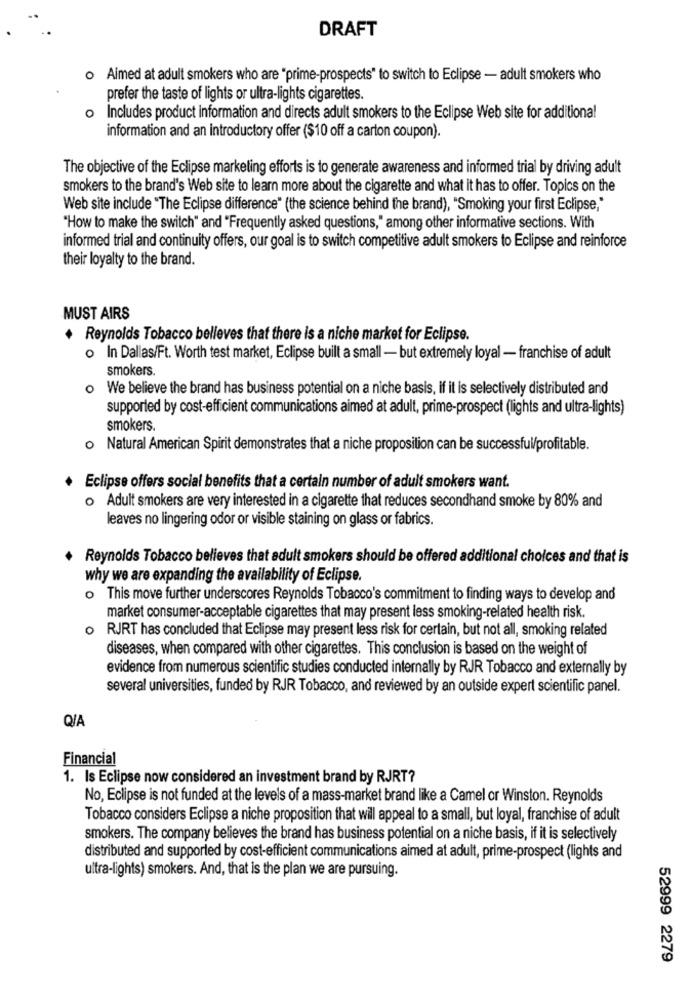
DRAFT
o Aimed at adult smokers who are "prime-prospects" to switch to Eclipse - adult smokers who
prefer the taste of lights or ultra-lights cigarettes.
O
Includes product information and directs adult smokers to the Eclipse Web site for additional
information and an introductory offer ($10 off a carton coupon).
The objective of the Eclipse marketing efforts is to generate awareness and informed trial by driving adult
smokers to the brand's Web site to learn more about the cigarette and what it has to offer. Topics on the
Web site include "The Eclipse difference" (the science behind the brand), "Smoking your first Eclipse,"
"How to make the switch" and "Frequently asked questions," among other informative sections. With
informed trial and continuity offers, our goal is to switch competitive adult smokers to Eclipse and reinforce
their loyalty to the brand.
MUST AIRS
Reynolds Tobacco belleves that there is a niche market for Eclipse.
o In Dallas/Ft. Worth test market, Eclipse built a small - but extremely loyal - franchise of adult
smokers.
o We believe the brand has business potential on a niche basis, if it is selectively distributed and
supported by cost-efficient communications aimed at adult, prime-prospect (lights and ultra-lights)
smokers.
o Natural American Spirit demonstrates that a niche proposition can be successful/profitable.
Eclipse offers social benefits that a certain number of adult smokers want.
o Adult smokers are very interested in a cigarette that reduces secondhand smoke by 80% and
leaves no lingering odor or visible staining on glass or fabrics.
Reynolds Tobacco believes that adult smokers should be offered additional choices and that is
why we are expanding the availability of Eclipse.
o This move further underscores Reynolds Tobacco's commitment to finding ways to develop and
market consumer-acceptable cigarettes that may present less smoking-related health risk.
o RJRT has concluded that Eclipse may present less risk for certain, but not all, smoking related
diseases, when compared with other cigarettes. This conclusion is based on the weight of
evidence from numerous scientific studies conducted internally by RJR Tobacco and externally by
several universities, funded by RJR Tobacco, and reviewed by an outside expert scientific panel.
Q/A
Financial
1. Is Eclipse now considered an investment brand by RJRT?
No, Eclipse is not funded at the levels of a mass-market brand like a Camel or Winston. Reynolds
Tobacco considers Eclipse a niche proposition that will appeal to a small, but loyal, franchise of adult
smokers. The company believes the brand has business potential on a niche basis, if it is selectively
distributed and supported by cost-efficient communications aimed at adult, prime-prospect (lights and
ultra-lights) smokers. And, that is the plan we are pursuing.
52999 2279